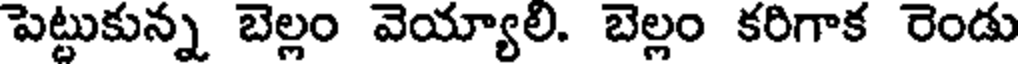
పెట్టుకున్న బెల్లం వెయ్యాలి. బెల్లం కరిగాక రెండు